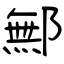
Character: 鄦